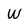
Character: W